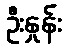
ဦးနှုန်း